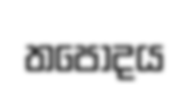
තපොදය